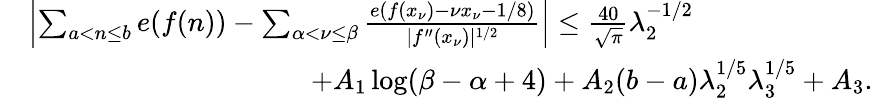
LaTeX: \begin{array}{rl}&{\left|\sum_{a<n\le b}e(f(n))-\sum_{\alpha<\nu\le\beta}\frac{e(f(x_{\nu})-\nu x_{\nu}-1/8)}{|f^{\prime\prime}(x_{\nu})|^{1/2}}\right|\le\frac{40}{\sqrt{\pi}}\lambda_{2}^{-1/2}}\\ &{\qquad\qquad\qquad\qquad\qquad+A_{1}\log(\beta-\alpha+4)+A_{2}(b-a)\lambda_{2}^{1/5}\lambda_{3}^{1/5}+A_{3}.}\end{array}